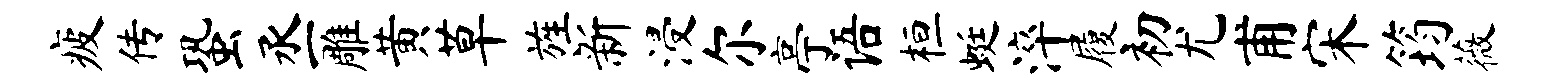
疲传蛩丞雕黄草旌新浸尔亭语桓蜓淬履初尤甫宋筠薇